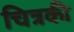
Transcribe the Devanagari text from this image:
चित्रकी